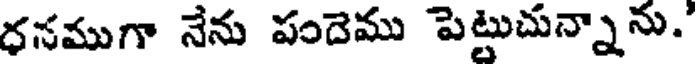
ధనముగా నేను పందెము పెట్టుచున్నాను.